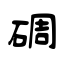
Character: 碉